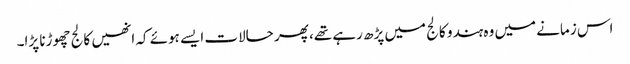
اس زمانے میں وہ ہندو کالج میں پڑھ رہے تھے، پھر حالات ایسے ہوئے کہ انھیں کالج چھوڑنا پڑا۔